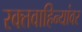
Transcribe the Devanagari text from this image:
रक्तवाहिन्यांवर